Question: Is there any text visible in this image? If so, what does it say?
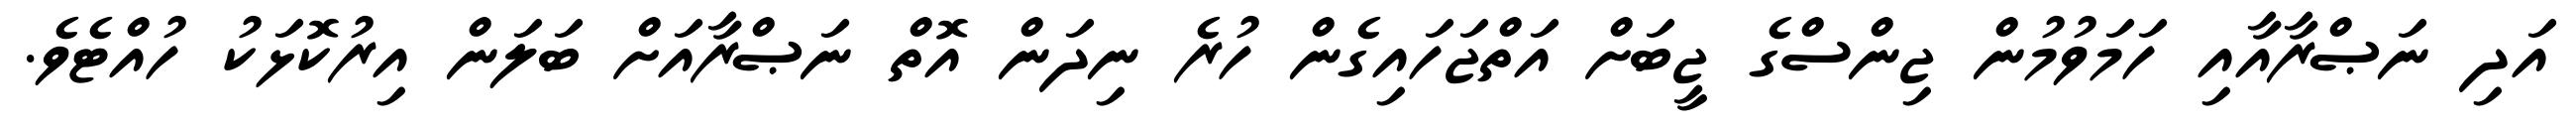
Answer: އަދި ނަޞްރާއާއި ހަމަވުމުން ޖިންސްގެ ޖީބަށް އަތްޖަހައިގެން ހުރެ ނިދަން އޮތް ނަޞްރާއަށް ބަލަން އިރުކޮޅަކު ހުއްޓެވެ.